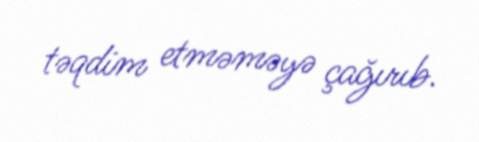
təqdim etməməyə çağırıb.